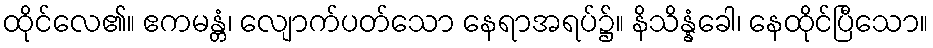
ထိုင်လေ၏။ ဧကမန္တံ၊ လျောက်ပတ်သော နေရာအရပ်၌။ နိသိန္နံခေါ၊ နေထိုင်ပြီသော။